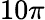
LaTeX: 10\pi